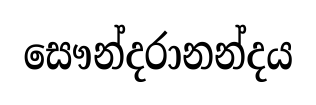
සෞන්දරානන්දය